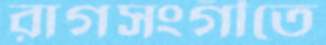
রাগসংগীতে